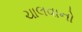
ચાલવાનો